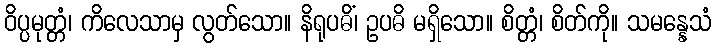
ဝိပ္ပမုတ္တံ၊ ကိလေသာမှ လွတ်သော။ နိရုပဓိံ၊ ဥပဓိ မရှိသော။ စိတ္တံ၊ စိတ်ကို။ သမန္နေသံ